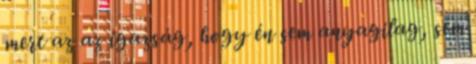
mert az az igazság, hogy én sem anyagilag, sem